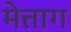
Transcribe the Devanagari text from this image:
मेत्ताग